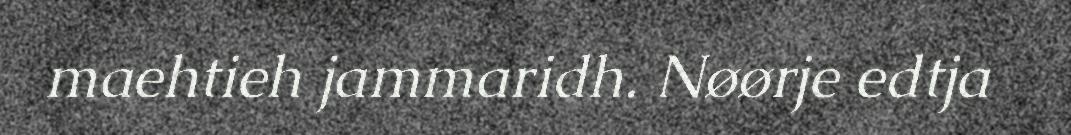
maehtieh jammaridh. Nøørje edtja